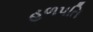
હળપતિ